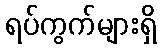
ရပ်ကွက်များရှိ